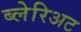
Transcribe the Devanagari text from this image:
ब्लेरिअट